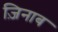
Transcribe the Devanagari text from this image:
ज़िनाब